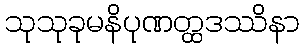
သုသုခုမနိပုဏတ္ထဒဿိနာ